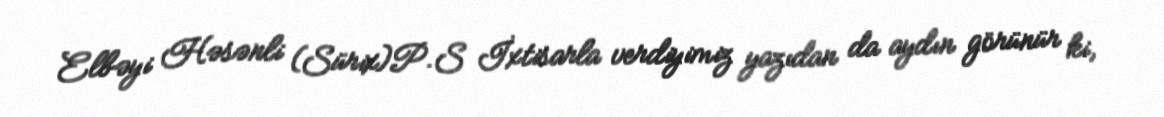
Elbəyi Həsənli (Sürix)P.S İxtisarla verdiyimiz yazıdan da aydın görünür ki,